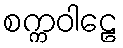
စက္ကဝါဠေ